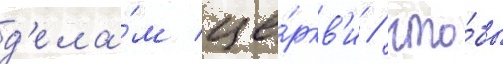
д'ела́м це́ркв'и / что́бы